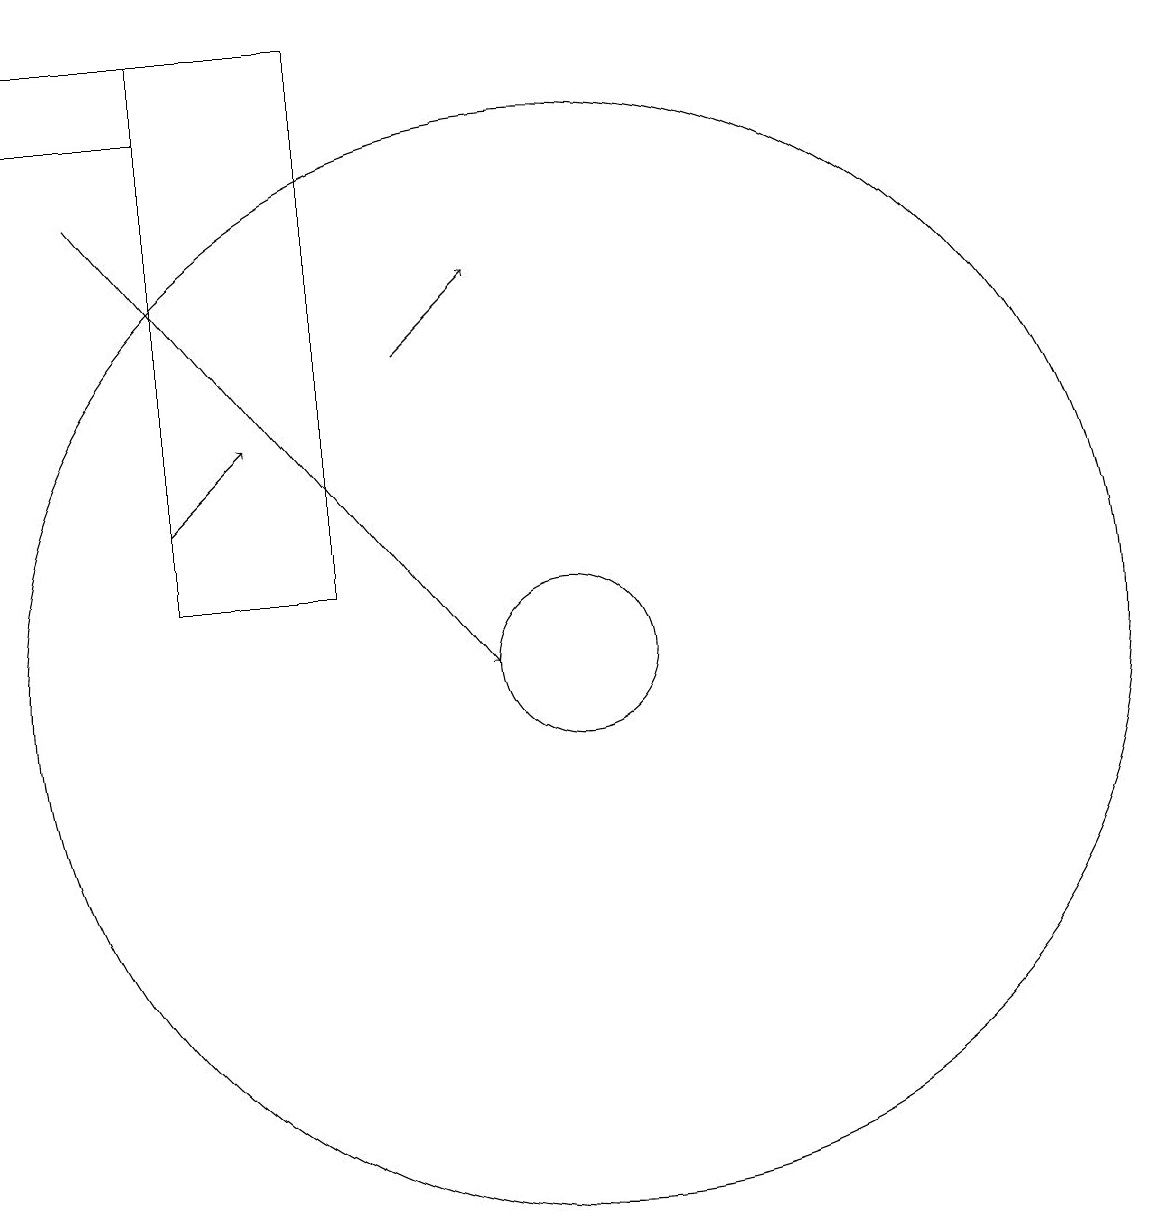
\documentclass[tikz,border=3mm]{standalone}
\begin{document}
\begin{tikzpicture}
\draw (5,18) rectangle (7,11);
\draw (5,18) rectangle (3,17);
\draw (10,10) circle (7);
\draw[->] (5,12) -- (6,13);
\draw[->] (4,16) -- (9,10);
\draw[->] (8,14) -- (9,15);
\draw (10,10) circle (1);
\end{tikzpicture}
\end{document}